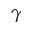
\gamma